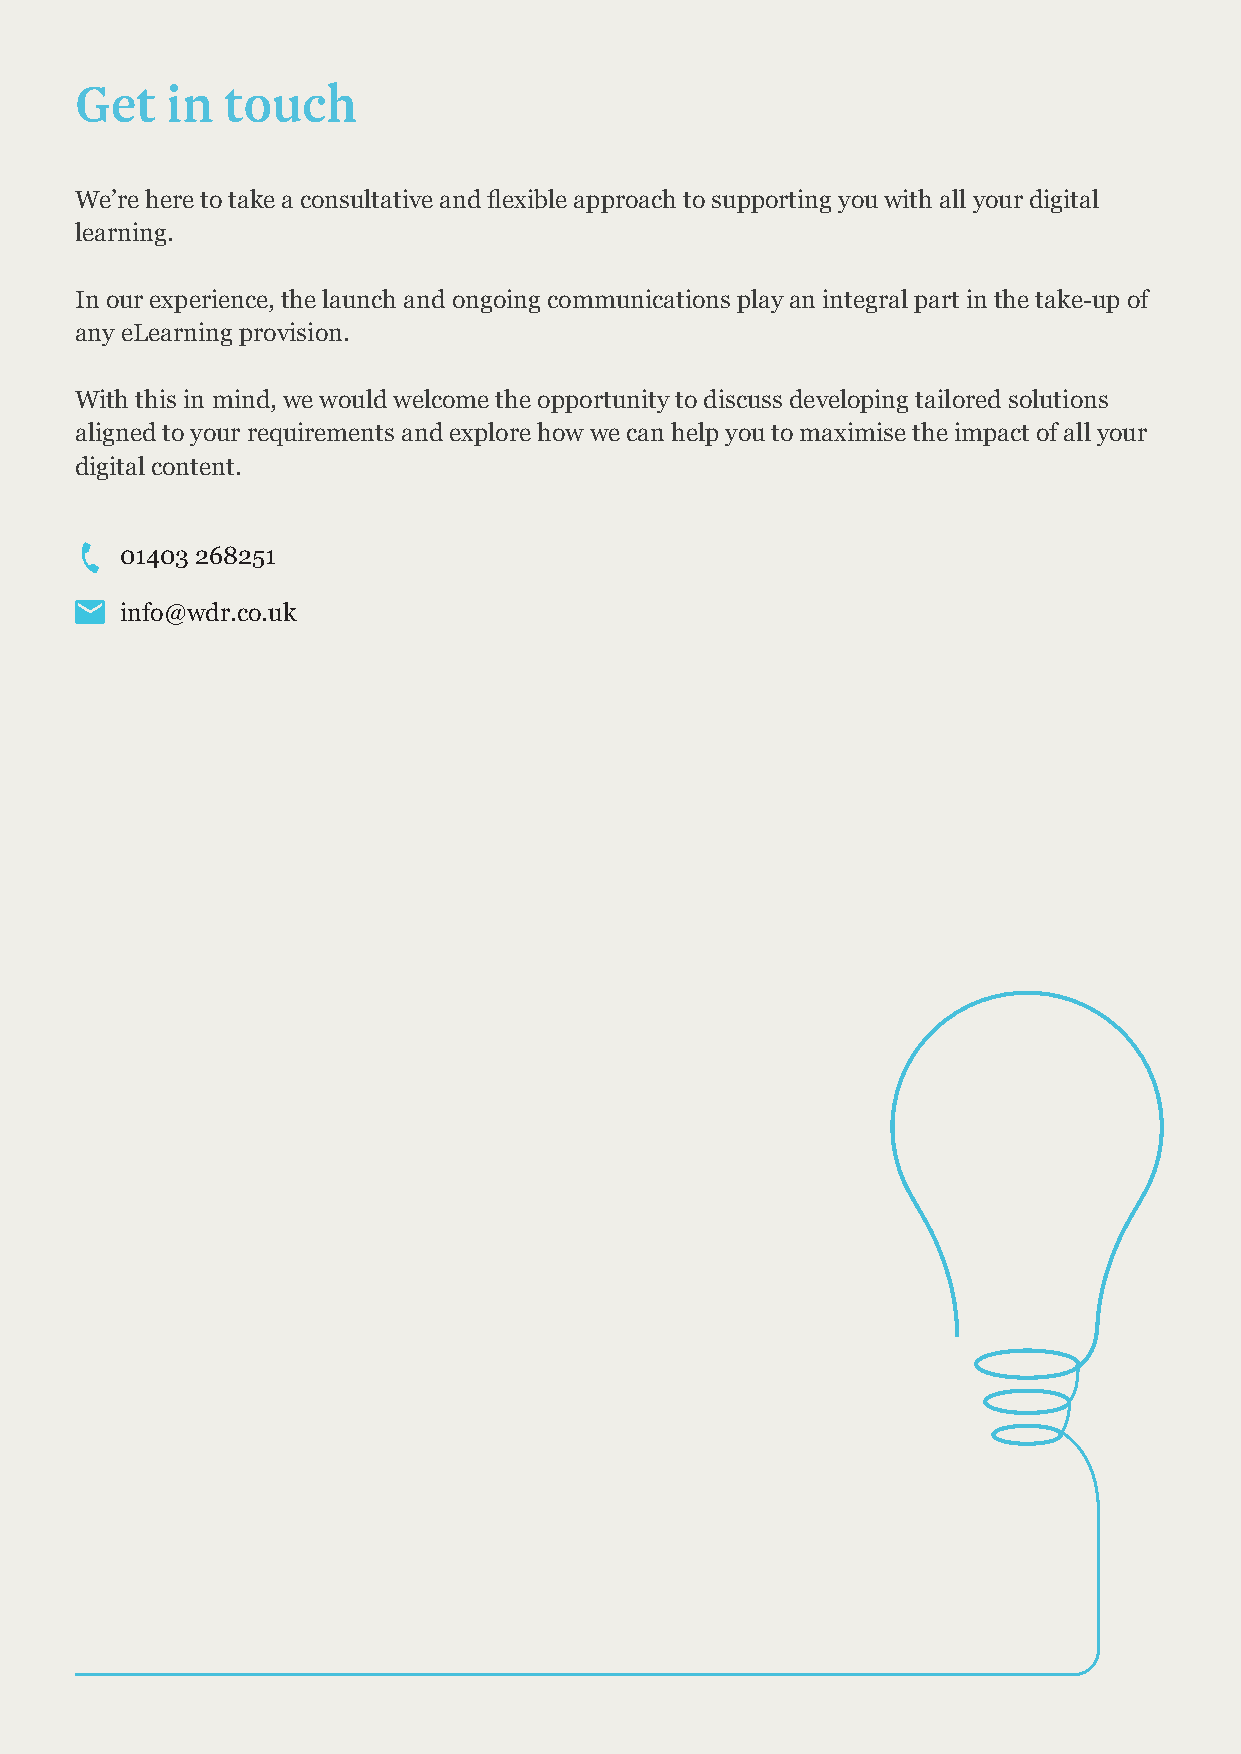
Get   in  touch
 We’re here to take a consultative and flexible approach to supporting you with all your digital
 learning.
 In our experience, the launch and ongoing communications play an integral part in the take-up of
 any eLearning provision.
 With this in mind, we would welcome the opportunity to discuss developing tailored solutions
 aligned to your requirements and explore how we can help you to maximise the impact of all your
 digital content.
 01403 268251
 info@wdr.co.uk